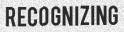
RECOGNIZING